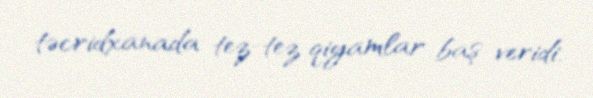
təcridxanada tez-tez qiyamlar baş veridi.